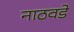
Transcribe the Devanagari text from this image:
नाठवडे